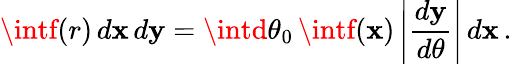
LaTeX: \intf(r)\, d\mathbf{x}\, d\mathbf{y}=\intd\theta_{0}\, \intf(\mathbf{x})\left|{\frac{{d\mathbf{y}}}{{d\theta}}}\right|\, d\mathbf{x}\, .